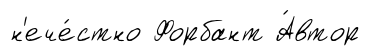
н'ече́стно Форбант А́втор